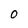
Character: 0